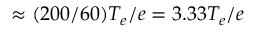
\approx ( 2 0 0 / 6 0 ) T _ { e } / e = 3 . 3 3 T _ { e } / e